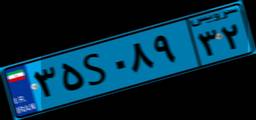
۳۵S۰۸۹۳۲